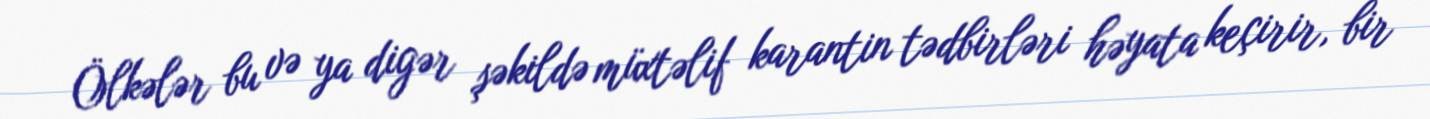
Ölkələr bu və ya digər şəkildə müxtəlif karantin tədbirləri həyata keçirir, bir